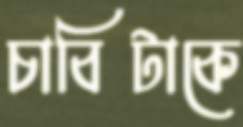
চাবিটাকে